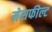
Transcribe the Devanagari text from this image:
मेसफील्ट